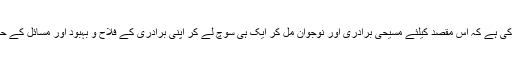
ضرورت اس امر کی ہے کہ اس مقصد کیلئے مسیحی برادری اور نوجوان مل کر ایک ہی سوچ لے کر اپنی برادری کے فلاح و بہبود اور مسائل کے حل کیلئے کام کریں۔